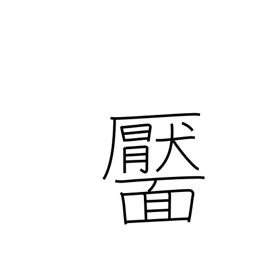
Meaning: dimple